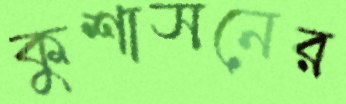
কুশাসনের